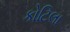
કોટિલા